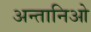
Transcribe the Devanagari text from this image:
अन्तानिओ